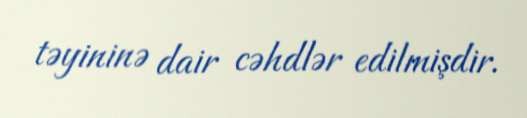
təyininə dair cəhdlər edilmişdir.